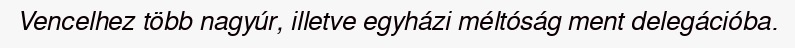
Vencelhez több nagyúr, illetve egyházi méltóság ment delegációba.